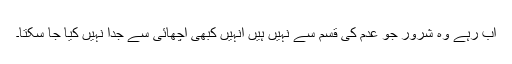
اب رہے وہ شرور جو عدم کی قسم سے نہیں ہیں انہیں کبھی اچھائی سے جدا نہیں کیا جا سکتا۔